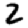
Digit: 2